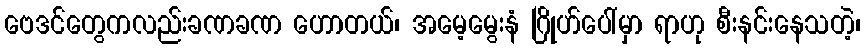
ဗေဒင်တွေကလည်းခဏခဏ ဟောတယ်၊ အမေ့မွေးနံ ဂြိုဟ်ပေါ်မှာ ရာဟု စီးနင်းနေသတဲ့၊